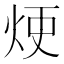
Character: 𤈆